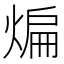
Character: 煸